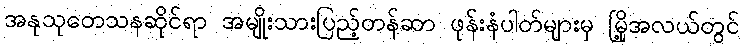
အနုသုတေသနဆိုင်ရာ အမျိုးသားပြည့်တန်ဆာ ဖုန်းနံပါတ်များမှ မြို့အလယ်တွင်